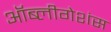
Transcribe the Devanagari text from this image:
ऑब्लीगेशंस